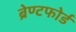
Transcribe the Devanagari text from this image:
ब्रेण्टफोर्ड